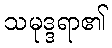
သမုဒ္ဒရာ၏